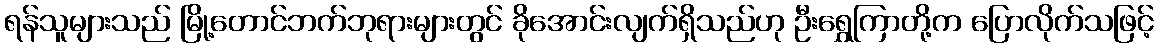
ရန်သူများသည် မြို့တောင်ဘက်ဘုရားများတွင် ခိုအောင်းလျက်ရှိသည်ဟု ဦးရွှေကြာတို့က ပြောလိုက်သဖြင့်